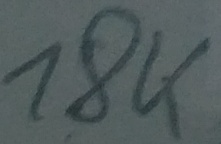
Text: 18K